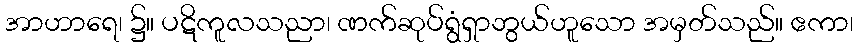
အာဟာရေ၊ ၌။ ပဋိကူလသညာ၊ ဏက်ဆုပ်ရွံရှာဘွယ်ဟူသော အမှတ်သည်။ ဧကာ၊